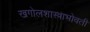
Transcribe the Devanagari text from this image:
खगोलशास्त्राभोवती